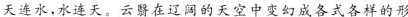
天连水，水连天。云翳在辽阔的天空中变幻成各式各样的形